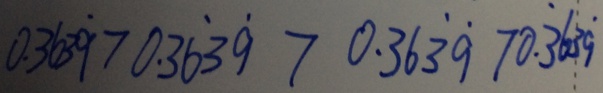
0 . 3 6 3 \dot { 9 } > 0 . 3 \dot { 6 } 3 \dot { 9 } > 0 . 3 6 \dot { 3 } \dot { 9 } > 0 . \dot { 3 } 6 3 \dot { 9 }